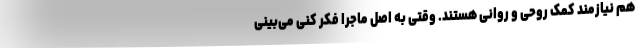
هم نیازمند کمک روحی و روانی هستند. وقتی به اصل ماجرا فکر ‌کنی می‌بینی